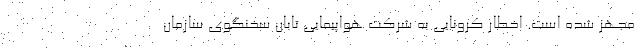
مجهز شده است. اخطار کرونایی به شرکت هواپیمایی تابان سخنگوی سازمان